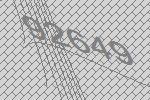
92649